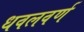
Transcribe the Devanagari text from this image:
धवलवर्ण